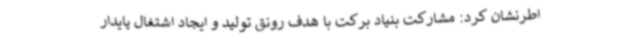
اطرنشان کرد: مشارکت بنیاد برکت با هدف رونق تولید و ایجاد اشتغال پایدار